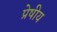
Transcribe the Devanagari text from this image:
प्रेषीय